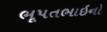
ભૂપતભાઇનો